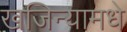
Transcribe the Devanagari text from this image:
खजिन्यामधे